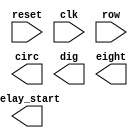

// Quartus II Verilog Template
// 4-State Moore state machine

// A Moore machine's outputs are dependent only on the current state.
// The output is written only when the state changes.  (State
// transitions are synchronous.)

module Core_moore
(
	input reset,					//reset
	input clk,						//
	input [3:0]row,				//
	
	output wire[3:0]circ,		//
	output wire delay_start,	//
	output wire[3:0]dig,			//dig
	output wire[6:0]eight		//dig

);
	
	reg [3:0]key;		//
	reg [3:0]key0;		//dig0
	reg [3:0]key1;		//dig1
	reg [3:0]key2;		//dig2
	reg [3:0]key3;		//dig3
	reg [3:0]enable;	//dig
	
	wire[3:0]word;		//
	wire m_clk;			//
	wire en;				//
	wire word_mesg;		//
	
	
	/*
	//
	//ntimes
	Divide_double_ntimes div_clk(	
	.div(m_clk),
	.clk(clk)
	);
	
	//circ,row
	//coreenkeyenkey
	//-----------------------------------------------
	//circ1110001113row[i]ikey=*4+
	//---------------------------------------------------------
	Input_key minput(		
	.clk(m_clk),
	.row(row),
	.circ(circ),
	.last_valid(key),
	.en(en)
	);
	
	//clkenablenumidigi16
	//gidgidabcdefg
	Output_Leds moutput(		//keydig
	.enable(enab),
	.clk(m_clk),
	.num0(key0),
	.num1(key1),
	.num2(key2),
	.num3(key3),
	.gid(gid),
	.abcdefg(eight)
	);

	// Declare state register
	reg [1:0]state;
	reg [4:0]num_temp;
	reg bigger_ten;

	// Declare states
	parameter S_Init = 0, S_Input = 1, S_Count = 2, S3 = 3;
	//S0
	//S1
	//S2
	*/
/*
	//word
	always @(posedge word_mesg)
	begin
	if(word != 2'd15)
	begin
	//word15
		//word
		case(state)
		S_Init://S0,
		begin
			if(word == 2'd10)	//start
			state = S_Input;
		end
		S_Input:	//S1,
		begin
			if(word == 2'd10) ;	//
			else if(word == 2'd11)	//
			begin 
				out3 = 0;
				out2 = 0;
				out1 = 0;
				out0 = 0;
			end
			else if(word == 2'd12)	//
			begin
				state = S_Count;
			end
			else		//
			begin
				out3 = out2;	//
				out2 = word;	//word
				//max
				if(out3*2'd10 + out2 > 2'd20)	//out20
				begin
					out3 = 2'd4;
					out2 = 0;
				end
				//2
				num_temp = out2<<1;	//
				if(num_temp >= 10)	//210
				begin
					out0 = num_temp -10;	//out010
					out1 = (out3<<1) +1;	//out11
				end
				else
				begin
					out0 = num_temp;		//
					out1 = (out3<<1);
				end	
			end
		end	
		S_Count:;	//
		S3:;			//
		endcase
	end
	end
	
	// Output depends only on the state
	always @ (state) begin
		case (state)
			S_Init:
				;
			S_Input:
				;
			S_Count:
				;
			S3:
				;
			default:
				;
		endcase
	end
*/
	// Determine the next state
	/*
	always @ (posedge clk or posedge reset) begin
		if (reset)
			state <= S_Init;
		else
			case (state)
				S0:
					state <= S1;
				S1:
					if (in)
						state <= S2;
					else
						state <= S1;
				S2:
					if (in)
						state <= S3;
					else
						state <= S1;
				S3:
					if (in)
						state <= S2;
					else
						state <= S3;
			endcase
	end
	*/

endmodule